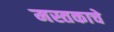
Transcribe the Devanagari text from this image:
मस्तकाचे